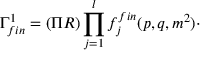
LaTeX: \Gamma _ { f i n } ^ { 1 } = ( \Pi R ) \prod _ { j = 1 } ^ { l } f _ { j } ^ { f i n } ( p , q , m ^ { 2 } ) \cdot